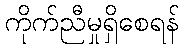
ကိုက်ညီမှုရှိစေရန်